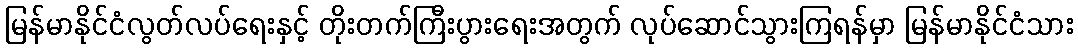
မြန်မာနိုင်ငံလွတ်လပ်ရေးနှင့် တိုးတက်ကြီးပွားရေးအတွက် လုပ်ဆောင်သွားကြရန်မှာ မြန်မာနိုင်ငံသား